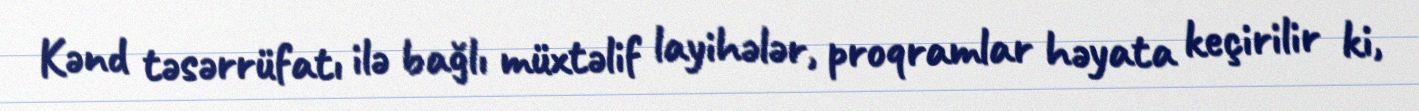
Kənd təsərrüfatı ilə bağlı müxtəlif layihələr, proqramlar həyata keçirilir ki,